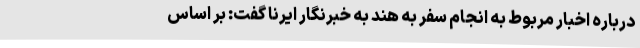
درباره اخبار مربوط به انجام سفر به هند به خبرنگار ایرنا گفت: بر اساس